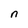
Character: n